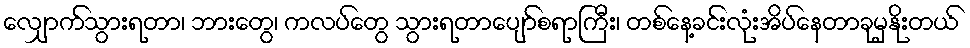
လျှောက်သွားရတာ၊ ဘားတွေ၊ ကလပ်တွေ သွားရတာပျော်စရာကြီး၊ တစ်နေ့ခင်းလုံးအိပ်နေတာခုမှနိုးတယ်